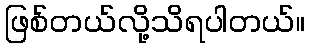
ဖြစ်တယ်လို့သိရပါတယ်။